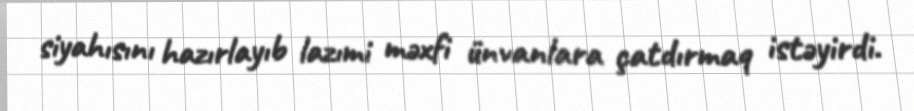
siyahısını hazırlayıb lazımi məxfi ünvanlara çatdırmaq istəyirdi.